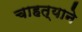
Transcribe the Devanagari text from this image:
चाहत्याने